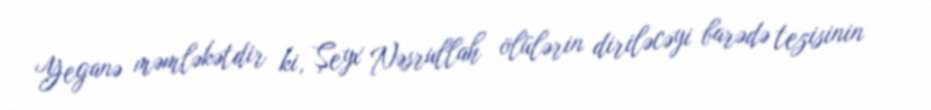
Yeganə məmləkətdir ki, Şeyx Nəsrullah ölülərin diriləcəyi barədə tezisinin